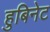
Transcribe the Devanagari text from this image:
हुबिनेट